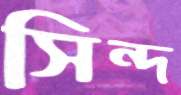
সিন্দ